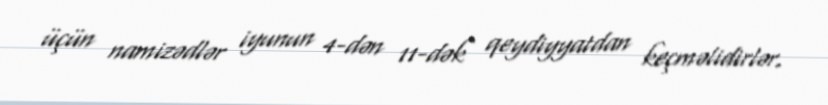
üçün namizədlər iyunun 4-dən 11-dək qeydiyyatdan keçməlidirlər.